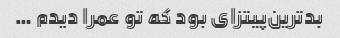
بدترین‌پیتزای بود که تو عمرا دیدم …